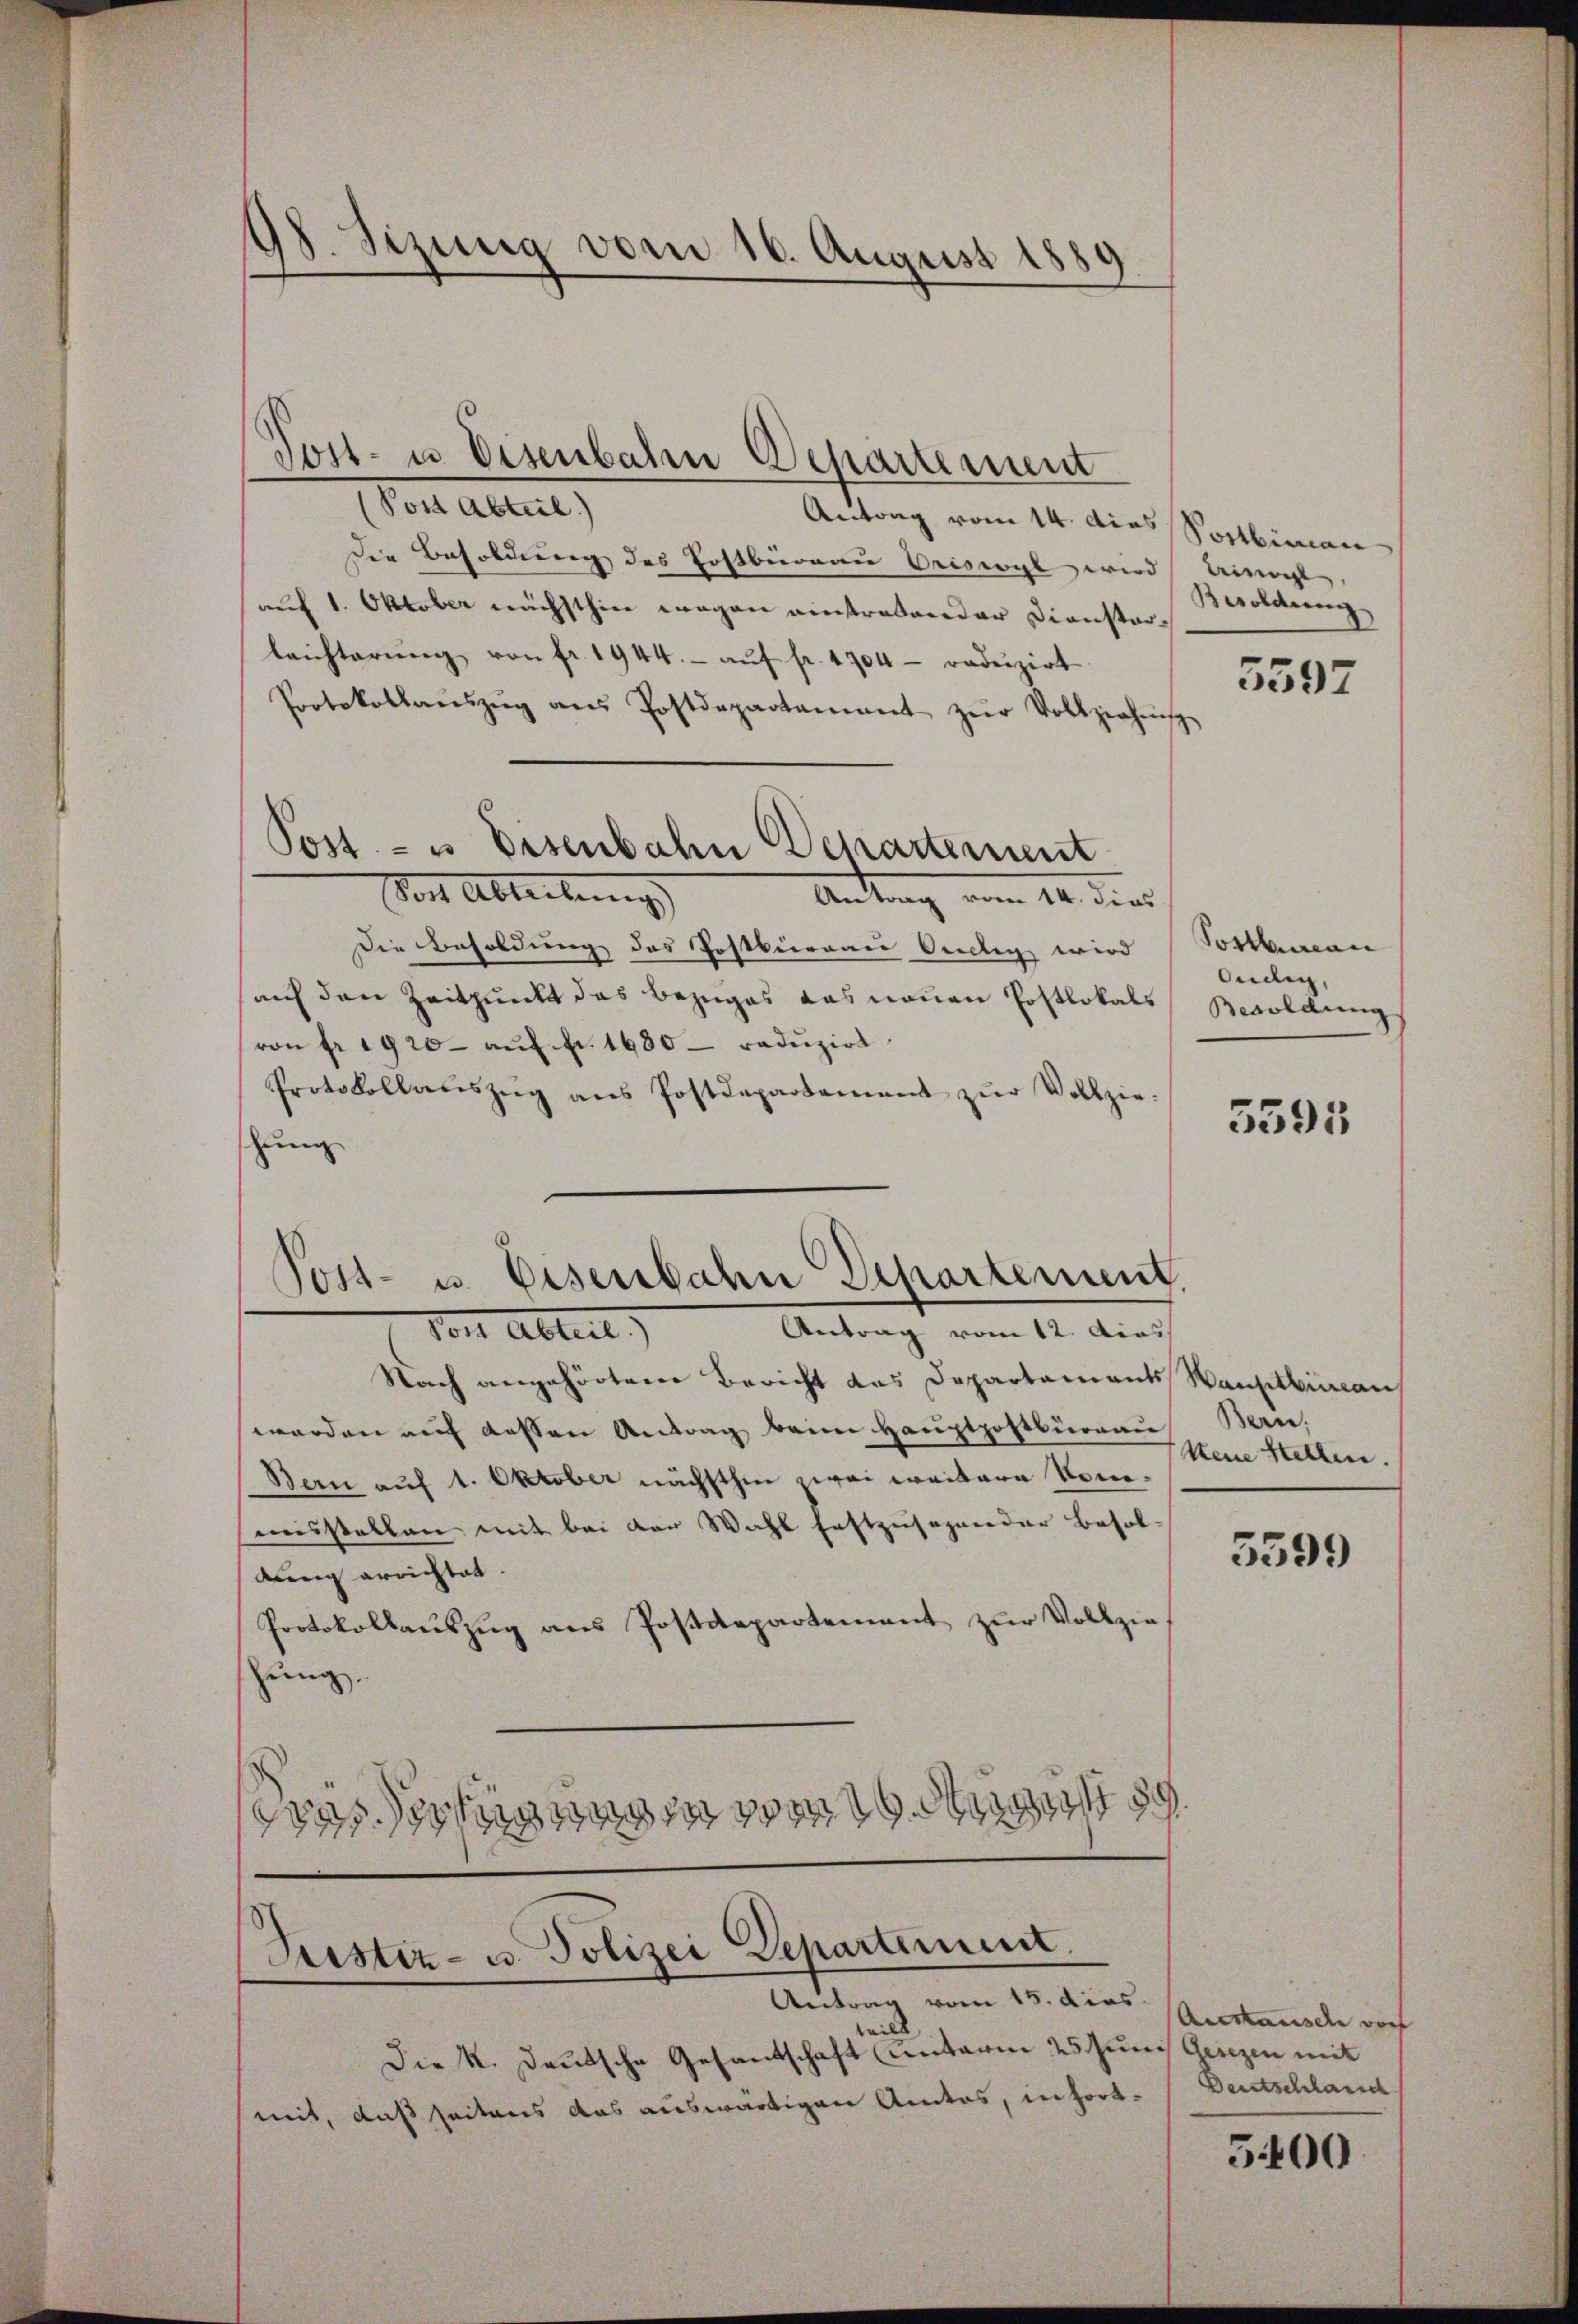
18. Sezung vom 16. August 1880

Post Abteil)
Antrag vom 14. dies Sortiran
Die Besoldung des Postbüreau Oriswyl wird Aisohl
auf 1. Oktober nächsthin wegen einstratender Dienstarleichterŭng von fr. 1944.- aŭf fr. 1704 - redŭzirt.
Protokollaŭszŭg aŭs Postdepartament zŭr Vollziehung
Post Ableibung
Antrag vom 16. dies
Die Besoldung des Postbeirrau Orellig wird Volkman
auf den Zeitpunkt das Bezuges das neuen Postlokals Besoldung
von fr. 1920- aŭf fr. 1680 redŭzirt.
Protokollaŭszŭg ans Postdepartament zŭr Vollzie-
hung
Post- u. Eisenbahn Departement.

Post- u Eisenbahr Departement

Post- u Eisenbahn Departement

Antrag vom 12. das
Vor Abteil)

Nach angehörtem Bericht des Departements
werden auf dessen Antrag beim Hauptpostburgau
Bern auf 1. Oktober nächsthin zwei weitere Komausstellen mit bei der Wahl festzusehender Besoldung errichtet.
Protokollaŭszŭg ans Postdepartement zŭr Vollzie-
zung.
Frassertigung vom 8

Justiz- u. Polizei Departement.
Antrag vom 15. dias.

2
Die K. Deutsche Gesantschaft unterm 25. Jun
mit, daß seitens das auswärtigen Amtes, in fort¬

Besoldung
¬

5597

Oedig,

5595

Wauptbiman
Bern,
Neue Stellen.

5599

Austausch vor
ich Gesezen mit |
Dentschlasse

5400